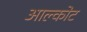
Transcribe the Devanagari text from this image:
आल्कोट